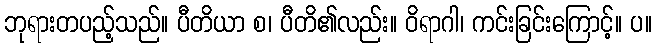
ဘုရားတပည့်သည်။ ပီတိယာ စ၊ ပီတိ၏လည်း။ ဝိရာဂါ၊ ကင်းခြင်းကြောင့်။ ပ။